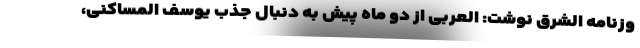
وزنامه الشرق نوشت: العربی از دو ماه پیش به دنبال جذب یوسف المساکنی،